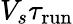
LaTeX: V_{s}\tau_{\mathrm{run}}